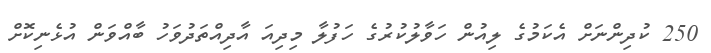
250 ކުދިންނަށް އެކަމުގެ ލިއުން ހަވާލުކުރުގެ ހަފުލާ މިދިއަ އާދިއްތަދުވަހު ބާއްވަން އުޅެނިކޮށް